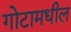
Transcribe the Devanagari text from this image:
गोटामधील